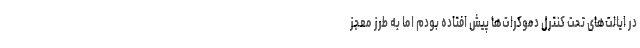
در ایالت‌های تحت کنترل دموکرات‌ها پیش افتاده بودم اما به طرز معجز